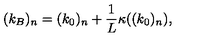
( k _ { B } ) _ { n } = ( k _ { 0 } ) _ { n } + \frac { 1 } { L } \kappa ( ( k _ { 0 } ) _ { n } ) ,